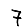
Digit: 7